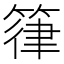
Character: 箻